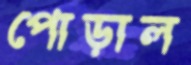
পোড়াল